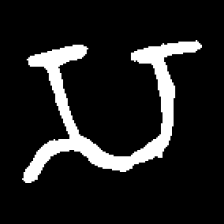
Pyu character \u2014 Myanmar letter: သ (romanized: sa)